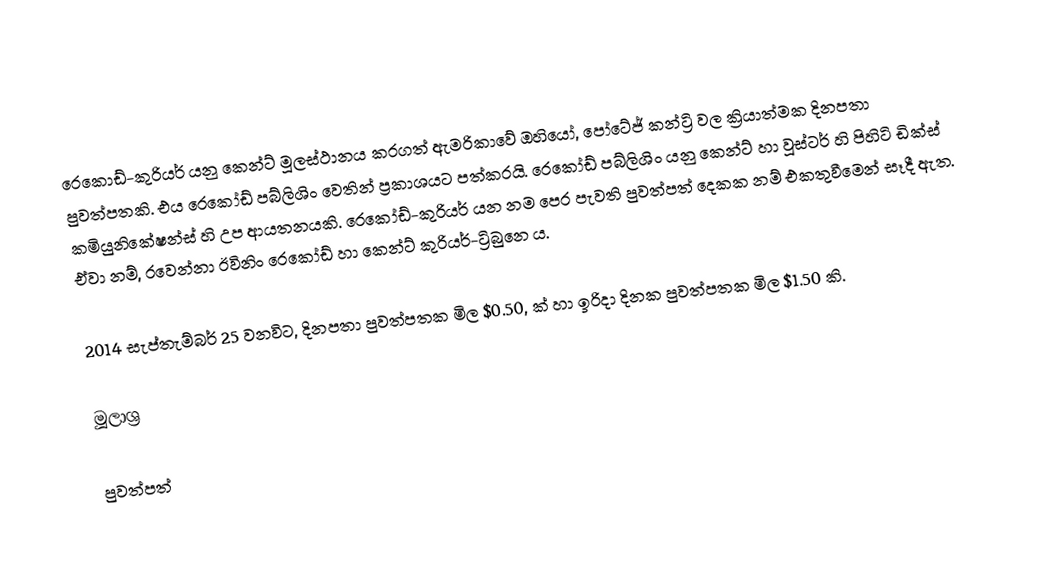
රෙකොඩ්-කුරියර් යනු කෙන්ට් මූලස්ථානය කරගත් ඇමරිකාවේ ඔහියෝ, පෝටේජ් කන්‍ට්‍රි වල ක්‍රියාත්මක දිනපතා පුවත්පතකි. එය රෙකෝඩ් පබ්ලිශිං වෙතින් ප්‍රකාශයට පත්කරයි. රෙකෝඩ් පබ්ලිශිං යනු කෙන්ට් හා වූස්ටර් හි පිහිටි ඩික්ස් කමියුනිකේෂන්ස් හි උප ආයතනයකි. රෙකෝඩ්-කුරියර් යන නම පෙර පැවති පුවත්පත් දෙකක නම් එකතුවීමෙන් සෑදී ඇත. ඒවා නම්, රවෙන්නා ඊවිනිං රෙකෝඩ් හා කෙන්ට් කුරියර්-ට්‍රිබුනෙ ය.

2014 සැප්තැම්බර් 25 වනවිට, දිනපතා පුවත්පතක මිල $0.50, ක් හා ඉරිදා දිනක පුවත්පතක මිල $1.50 කි.

මූලාශ්‍ර

පුවත්පත්